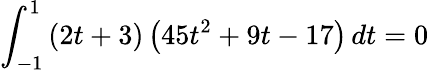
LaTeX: \int_{-1}^{1}\left(2t+3\right)\left(45t^{2}+9t-17\right)\, dt=0